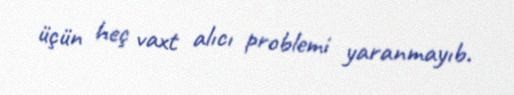
üçün heç vaxt alıcı problemi yaranmayıb.